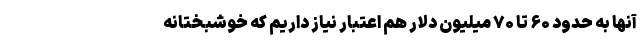
آنها به حدود ۶۰ تا ۷۰ میلیون دلار هم اعتبار نیاز داریم که خوشبختانه